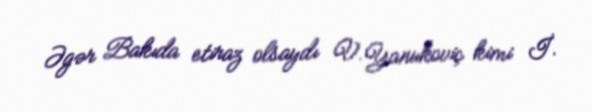
Əgər Bakıda etiraz olsaydı V.Yanukoviç kimi İ.